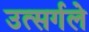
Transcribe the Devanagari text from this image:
उत्सर्गले